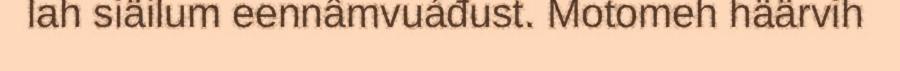
lah siäilum eennâmvuáđust. Motomeh häärvih